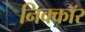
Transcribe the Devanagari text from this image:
निक्कॉर